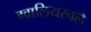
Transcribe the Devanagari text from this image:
ग्वालियरचले